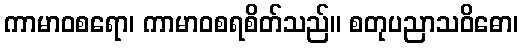
ကာမာဝစရော၊ ကာမာဝစရစိတ်သည်။ စတုပညာသဝိဓော၊